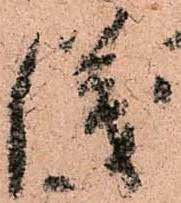
儀